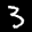
Label: 3